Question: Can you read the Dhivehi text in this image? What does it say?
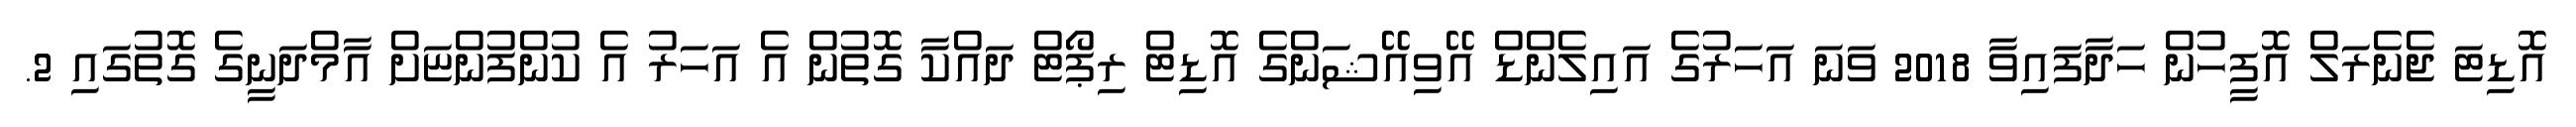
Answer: އޮޑިޓަ ޖެނެރަލް އޮފީހުން ހަދާފައިވާ 2018 ވަނަ އަހަރުގެ އައިލެންޑް އޭވިއޭޝަންގެ އޮޑިޓް ރިޕޯޓް ދައްކާ ގޮތުން އެ އަހަރު އެ ކުންފުންޏަށް އާމްދަނީގެ ގޮތުގައި 2.